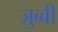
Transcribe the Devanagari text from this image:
ज़ुब्बी